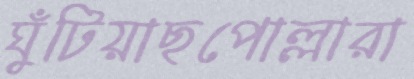
ঘুঁটিয়াছপোল্লারা